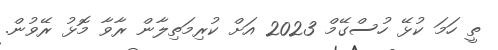
ތީ ހަމަ ކުޅޭ ހުސްގޭމް 2023 އަށް ކުރިމަތިލާން ރާވާ މޮޅު ރޭވުން.